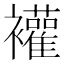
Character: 䙮